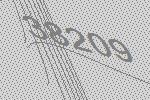
38209